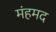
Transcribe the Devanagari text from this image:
मंहमद